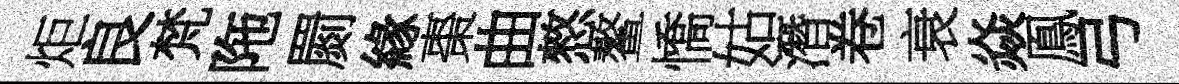
炬良梵陁罽緣棗曲憗鳌憍姑潛卷衰焱鳯弓